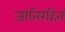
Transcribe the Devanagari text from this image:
जातिरहित